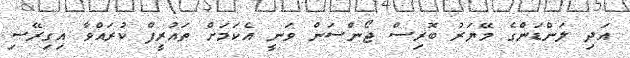
އަދި ލަންޑަންގެ މޭޔަރު ބޮރިސް ޖޯންސަން ވަނީ އެކަމަށް ތައުރީފް ކުރައްވާ އިގިރޭސި